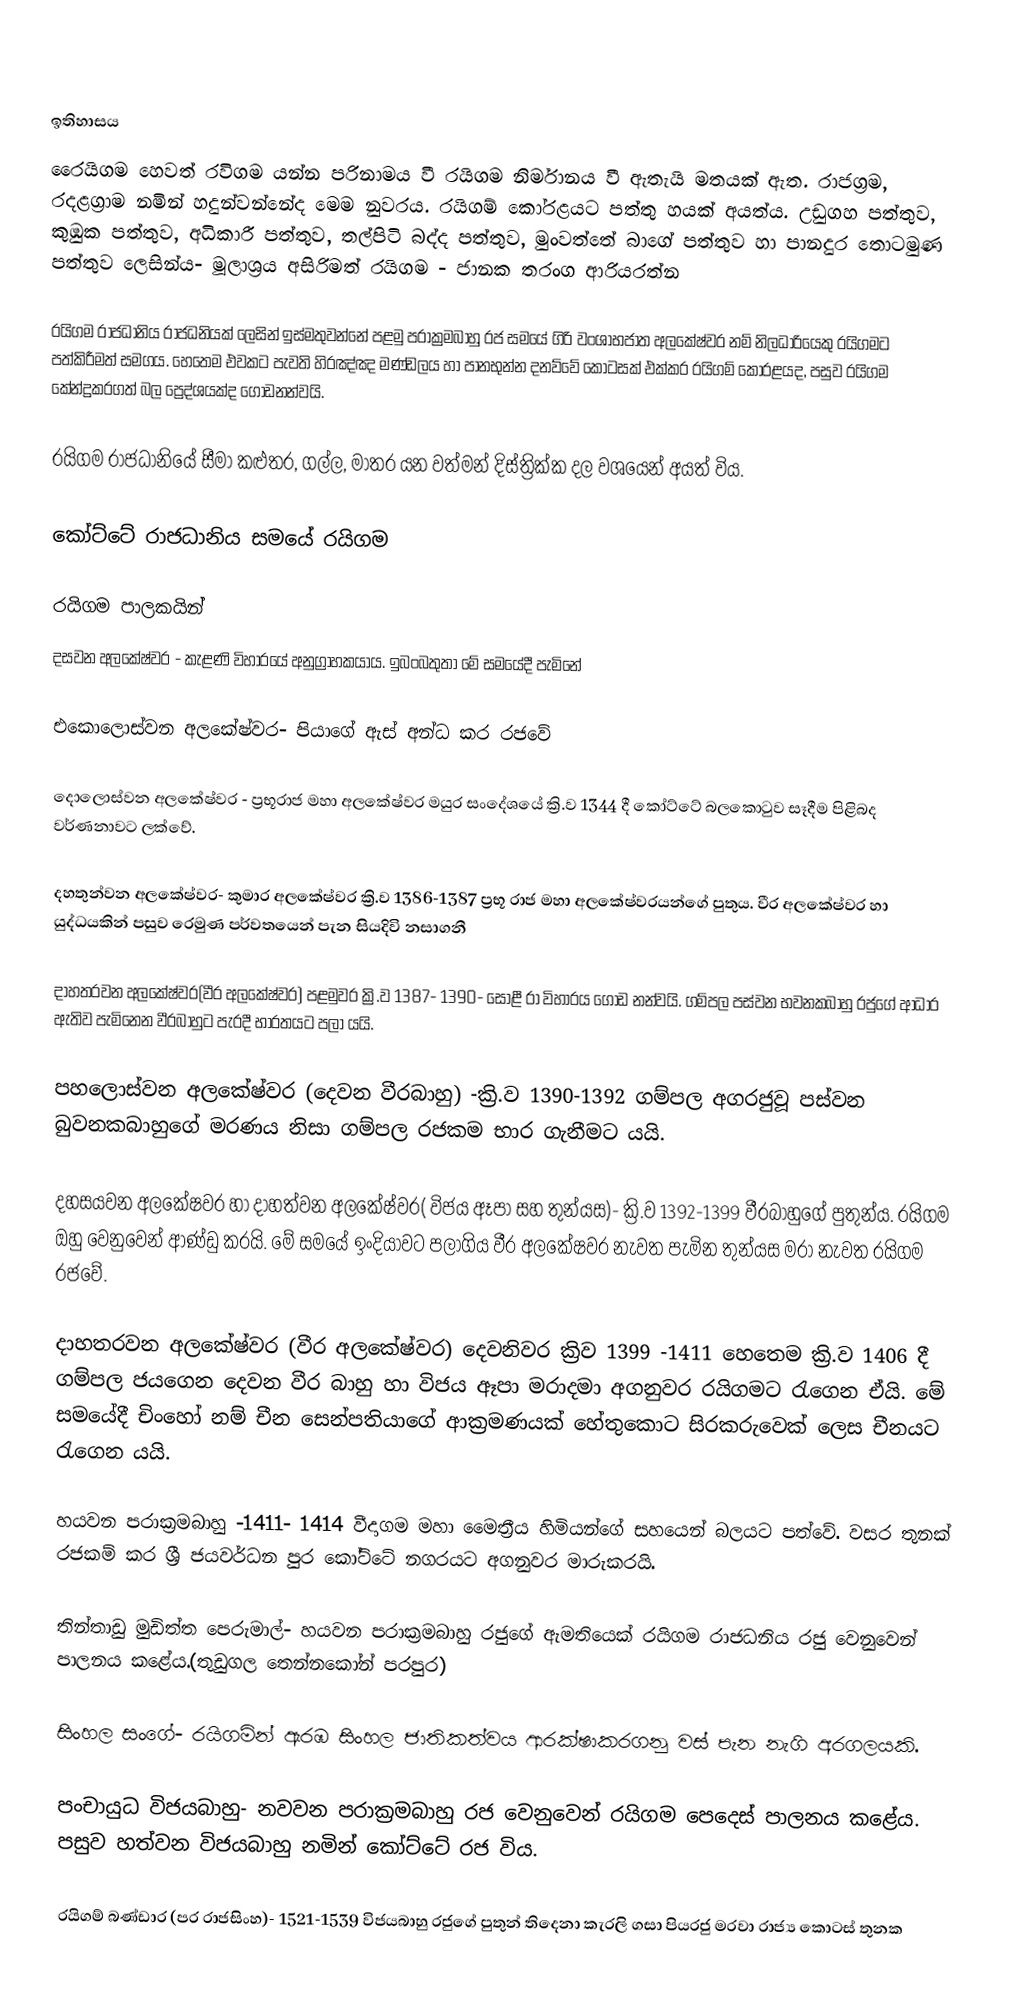

ඉතිහාසය
රෛයිගම හෙවත් රවිගම යන්න පරිනාමය වී රයිගම නිර්මානය වී ඇතැයි මතයක් ඇත. රාජග්‍රම, රදළග්‍රාම නමින් හදුන්වන්නේද මෙම නුවරය. රයිගම් කෝරළයට පත්තු හයක් අයත්ය. උඩුගහ පත්තුව, කුඹුක පත්තුව, අධිකාරී පත්තුව, තල්පිටි බද්ද පත්තුව, මුංවත්තේ බාගේ පත්තුව හා පානදුර තොටමුණ පත්තුව ලෙසින්ය- මූලාශ්‍රය අසිරිමත් රයිගම - ජානක තරංග ආරියරත්න

රයිගම රාජධානිය රාජධනියක් ලෙසින් ඉස්මතුවන්නේ පළමු පරාක්‍රමබාහු රජ සමයේ ගිරි වංශාභජාත අලකේෂ්වර නම් නිලධාරියෙකු රයිගමට පත්කිරීමත් සමගය. හෙතෙම එවකට පැවති හිරඤ්ඤ මණ්ඩලය හා පානභුන්න දනව්වේ කොටසක් එක්කර රයිගම් කෝරළයද, පසුව රයිගම කේන්ද්‍රකරගත් බල ප්‍රෙද්ශයක්ද ගොඩනන්වයි.

රයිගම රාජධානියේ සීමා කළුතර, ගල්ල, මාතර යන වත්මන් දිස්ත්‍රික්ක දල වශයෙන් අයත් විය.

කෝට්ටේ රාජධානිය සමයේ රයිගම

රයිගම පාලකයින්
දසවන අලකේෂ්වර - කැළණි විහාරයේ අනුග්‍රාහකයාය. ඉබංබතුතා මේ සමයේදී පැමිනේ

එකොලොස්වන අලකේෂ්වර- පියාගේ ඇස් අන්ධ කර රජවේ

දොලොස්වන අලකේෂ්වර - ප්‍රභූරාජ මහා අලකේෂ්වර මයුර සංදේශයේ ක්‍රි.ව 1344 දී කෝට්ටේ බලකොටුව සෑදීම පිළිබද වර්ණනාවට ලක්වේ.

දහතුන්වන අලකේෂ්වර- කුමාර අලකේෂ්වර ක්‍රි.ව 1386-1387 ප්‍රභූ රාජ මහා අලකේෂ්වරයන්ගේ පුතුය. වීර අලකේෂ්වර හා යුද්ධයකින් පසුව රෙමුණ පර්වතයෙන් පැන සියදිවි නසාගනී

දාහතරවන අලකේෂ්වර(වීර අලකේෂ්වර) පළමුවර ක්‍රි.ව 1387- 1390- සොළී රා විහාරය ගොඩ නන්වයි. ගම්පල පස්වන භවනකබාහු රජුගේ ආධාර ඇතිව පැමිනෙන වීරබාහුට පැරදී භාරතයට පලා යයි.

පහලොස්වන අලකේෂ්වර (දෙවන වීරබාහු) -ක්‍රි.ව 1390-1392 ගම්පල අගරජුවූ පස්වන බුවනකබාහුගේ මරණය නිසා ගම්පල රජකම භාර ගැනීමට යයි.

දහසයවන අලකේෂවර හා දාහත්වන අලකේෂ්වර( විජය ඈපා සහ තුන්යස)- ක්‍රි.ව 1392-1399 වීරබාහුගේ පුතුන්ය. රයිගම ඔහු වෙනුවෙන් ආණ්ඩු කරයි. මේ සමයේ ඉංදියාවට පලාගිය වීර අලකේෂවර නැවත පැමින තුන්යස මරා නැවත රයිගම රජවේ.

දාහතරවන අලකේෂ්වර (වීර අලකේෂ්වර) දෙවනිවර ක්‍රිව 1399 -1411  හෙතෙම ක්‍රි.ව 1406 දී ගම්පල ජයගෙන දෙවන වීර බාහු හා විජය ඈපා මරාදමා අගනුවර රයිගමට රැගෙන ඒයි. මේ සමයේදී චිංහෝ නම් චීන සෙන්පතියාගේ ආක්‍රමණයක් හේතුකොට සිරකරුවෙක් ලෙස චීනයට රැගෙන යයි.

හයවන පරාක්‍රමබාහු -1411- 1414 වීදාගම මහා මෛත්‍රීය හිමියන්ගේ සහයෙන් බලයට පත්වේ. වසර තුනක් රජකම් කර ශ්‍රී ජයවර්ධන පුර කෝට්ටේ නගරයට අගනුවර මාරුකරයි.

තින්තාඩු මුඩිත්ත පෙරුමාල්- හයවන පරාක්‍රමබාහු රජුගේ ඇමතියෙක් රයිගම රාජධනිය රජු වෙනුවෙන් පාලනය කළේය.(තුඩුගල තෙන්නකෝන් පරපුර)

සිංහල සංගේ- රයිගමින් ඇරඹ සිංහල ජාතිකත්වය ආරක්ෂාකරගනු වස් පැන නැගි අරගලයකි.

පංචායුධ විජයබාහු- නවවන පරාක්‍රමබාහු රජ වෙනුවෙන් රයිගම පෙදෙස් පාලනය කළේය. පසුව හත්වන විජයබාහු නමින් කෝට්ටේ රජ විය.

රයිගම් බණ්ඩාර (පර රාජසිංහ)- 1521-1539 විජයබාහු රජුගේ පුතුන් තිදෙනා කැරලි ගසා පියරජු මරවා රාජ්‍ය කොටස් තුනක